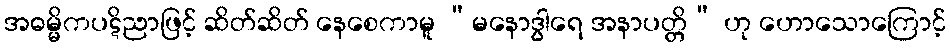
အဓမ္မိကပဋိညာဖြင့် ဆိတ်ဆိတ် နေစေကာမူ “မနောဒွါရေ အနာပတ္တိ” ဟု ဟောသောကြောင့်